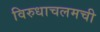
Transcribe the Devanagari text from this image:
विरुधाचलमची